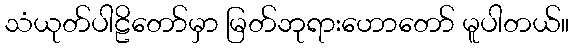
သံယုတ်ပါဠိတော်မှာ မြတ်ဘုရားဟောတော် မူပါတယ်။